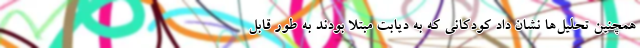
همچنین تحلیل‌ها نشان داد کودکانی که به دیابت مبتلا بودند به طور قابل